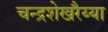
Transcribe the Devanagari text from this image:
चन्द्रशेखरैय्या